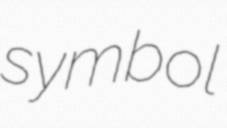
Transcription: symbol